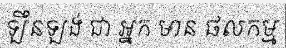
ឡឹនឡង់ ជា អ្នក មាន ផលកម្ម